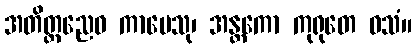
အတိတ္တညေဝ ကာမေသု၊ အန္တကော ကုရုတေ ဝသံ။